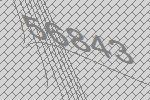
56843